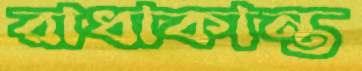
রাধাকান্ত